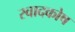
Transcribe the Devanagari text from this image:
स्वादकोष